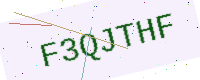
Text: F3QJTHF